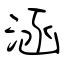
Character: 涵